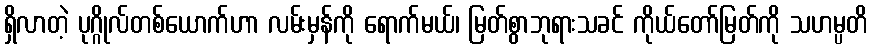
ရှိလာတဲ့ ပုဂ္ဂိုလ်တစ်ယောက်ဟာ လမ်းမှန်ကို ရောက်မယ်၊ မြတ်စွာဘုရားသခင် ကိုယ်တော်မြတ်ကို သဟမ္ပတိ